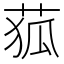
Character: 𦱄